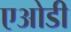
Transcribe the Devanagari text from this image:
एओडी